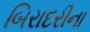
બિરાદરીના